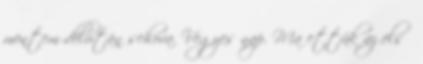
mentem délután sehova. Vegyes nap. Ma ettük az első